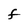
Character: F